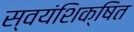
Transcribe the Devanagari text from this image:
स्वयंशिक्षित